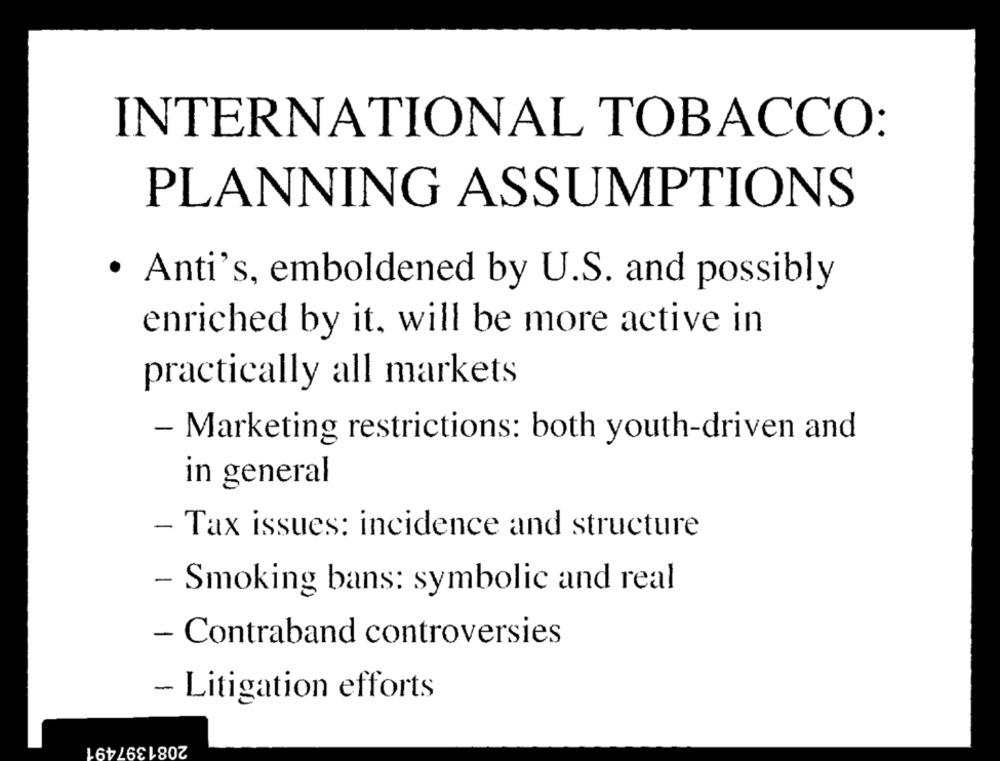
INTERNATIONAL TOBACCO:
PLANNING ASSUMPTIONS
· Anti's, emboldened by U.S. and possibly
enriched by it. will be more active in
practically all markets
- Marketing restrictions: both youth-driven and
in general
- Tax issues: incidence and structure
- Smoking bans: symbolic and real
- Contraband controversies
- Litigation efforts
2081397491